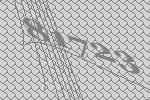
81723